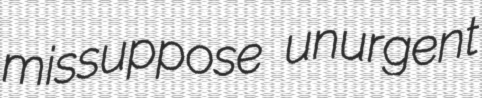
missuppose unurgent